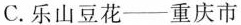
C.乐山豆花--重庆市